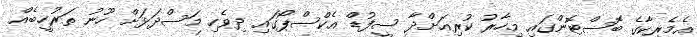
އެމެރިކާގެ ބޮސްޓޮންގައި މިހާރު ކުރިއަށްދާ ސީފުޑް އެކްސްޕޯގައި ދިވެހި މަސްދަޅަށް ހޫނު ތަރުހީބެއް